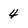
Character: 4